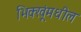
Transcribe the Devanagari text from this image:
भिक्खूंमधील